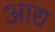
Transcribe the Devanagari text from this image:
अाद्य